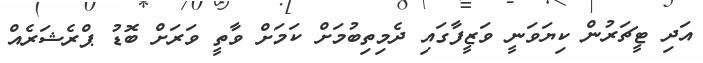
އަދި ޓީޗަރުން ކިޔަވަނީ ވަޒީފާގައި ދެމިތިބުމަށް ކަމަށް ވާތީ ވަރަށް ބޮޑު ޕްރެޝަރެއް